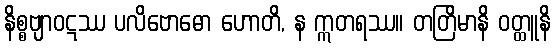
နိစ္စဗျာဝဋဿ ပလိဗောဓော ဟောတိ, န ဣတရဿ။ တတြိမာနိ ဝတ္ထူနိ